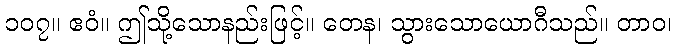
၁၀၇။ ဧဝံ။ ဤသို့သောနည်းဖြင့်။ တေန၊ သွားသောယောဂီသည်။ တာဝ၊